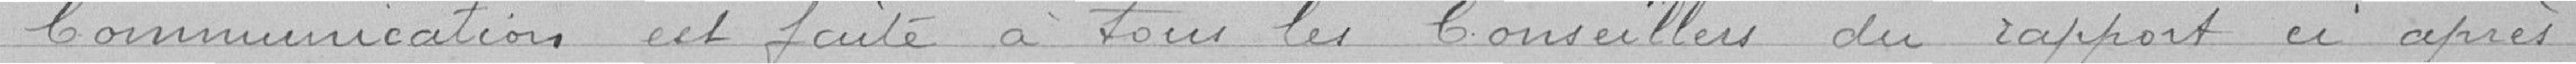
Communication est faite à tous les Conseilllers du rapport ci après